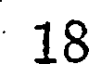
18